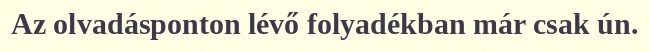
Az olvadásponton lévő folyadékban már csak ún.